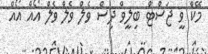
މޭކް ވީ ޖަސްޓް ބިލީވް ދިސް ވެލް ވެލް ވެލް އޯއް އޯއް